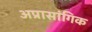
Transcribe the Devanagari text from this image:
अप्रासांगिक